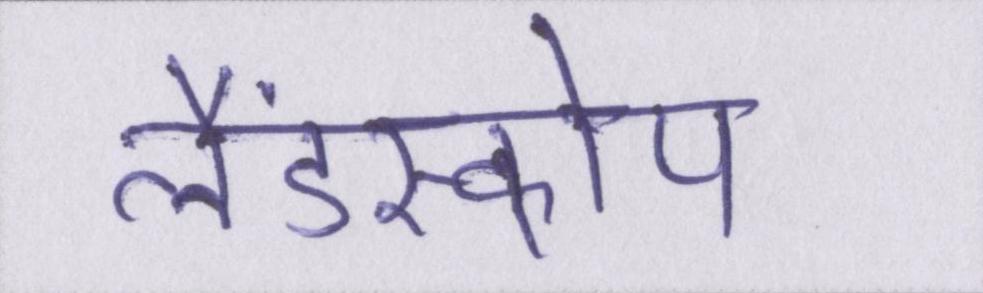
लैंडस्कोप